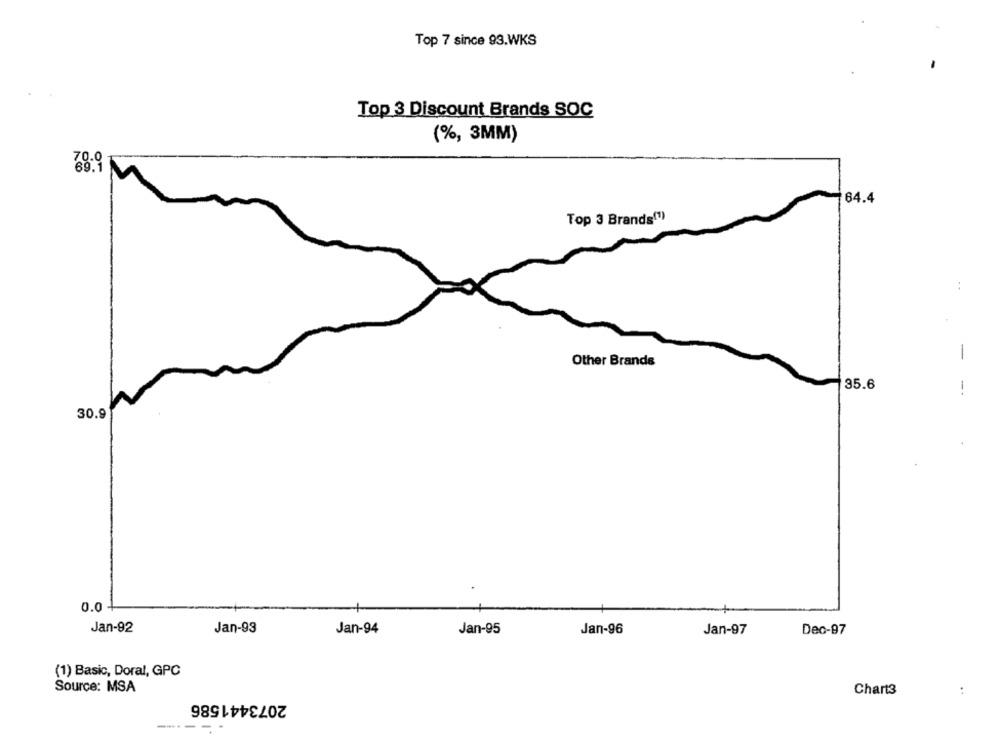
Top 7 since 93.WKS
Top 3 Discount Brands SOC
(%, 3MM)
78.9
64.4
Top 3 Brands(1)
:
-
Other Brands
35.6
-.
30.9
0.0
Jan-92
Jan-93
Jan-94
Jan-95
Jan-96
Dec-97
Jan-97
(1) Basic, Doral, GPC
Source: MSA
Chart3
:
2073441586